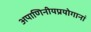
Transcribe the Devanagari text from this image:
अपाणिनीयप्रयोगानां